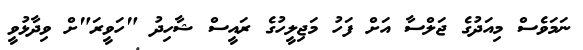
ނަމަވެސް މިއަދުގެ ޖަލްސާ އަށް ފަހު މަޖިލީހުގެ ރައީސް ޝާހިދު "ހަވީރަ"ށް ވިދާޅުވީ